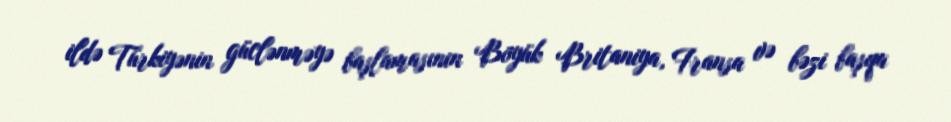
ildə Türkiyənin güclənməyə başlamasının Böyük Britaniya, Fransa və bəzi başqa